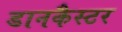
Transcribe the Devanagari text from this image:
डानकैस्टर